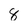
Character: 8